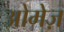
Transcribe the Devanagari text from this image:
ओमेज़